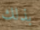
بذلك